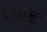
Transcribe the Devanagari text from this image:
ईनाडु